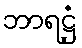
ဘာရဋ္ဌံ